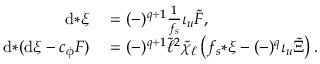
\begin{array} { r l } { \mathrm { d } { * \xi } } & { { } = ( - ) ^ { q + 1 } \frac { 1 } { f _ { s } } \iota _ { u } \tilde { F } , } \\ { \mathrm { d } { * ( \mathrm { d } \xi - c _ { \phi } F ) } } & { { } = ( - ) ^ { q + 1 } \tilde { \ell } ^ { 2 } \tilde { \chi } _ { \ell } \left( f _ { s } { * \xi } - ( - ) ^ { q } \iota _ { u } \tilde { \Xi } \right) . } \end{array}